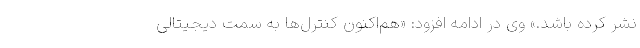
نشر کرده باشد.» وی در ادامه افزود: «هم‌اکنون کنترل‌ها به سمت دیجیتالی